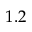
1 . 2